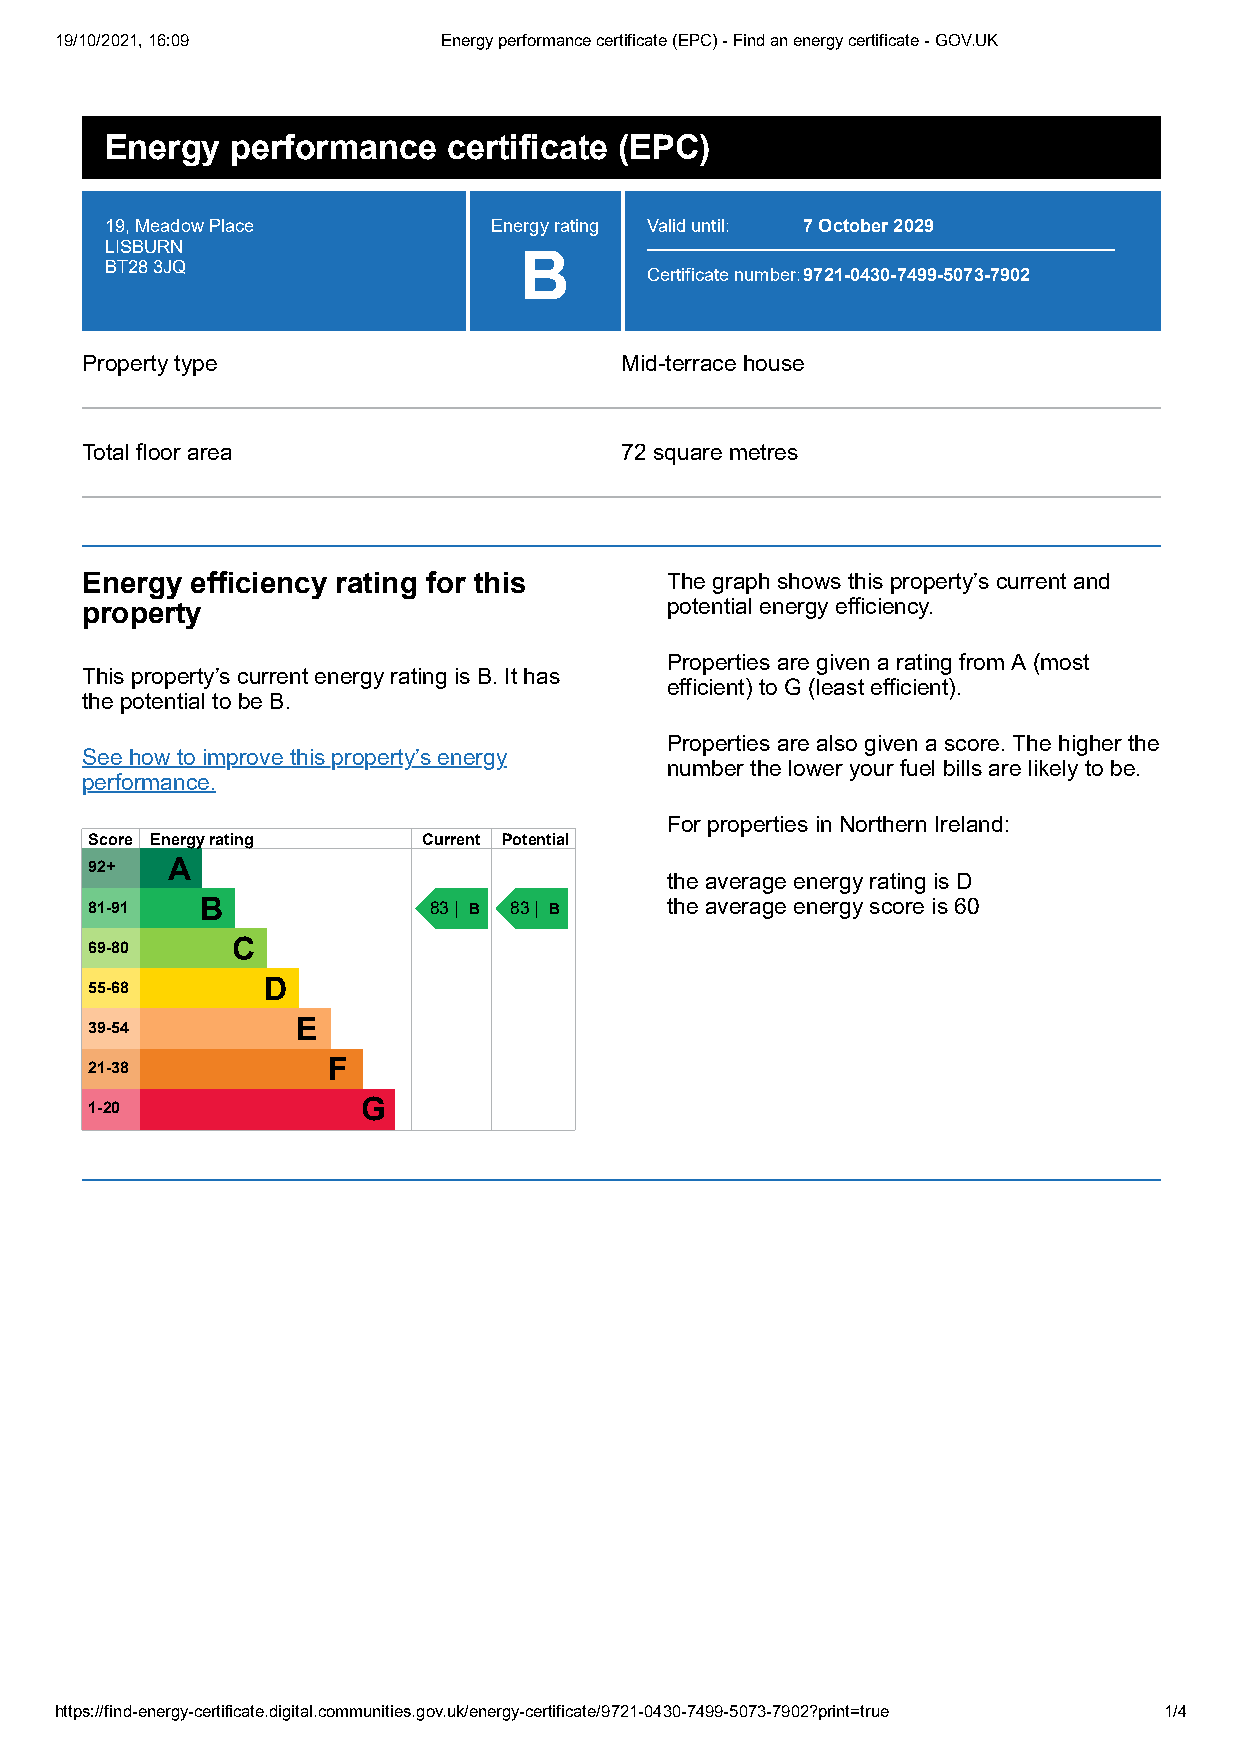
19/10/2021, 16:09        Energy performance certificate (EPC) - Find an energy certificate - GOV.UK
 Energy  performance    certificate (EPC)
 19, Meadow Place         Energy rating Valid until: 7 October 2029
 LISBURN
 B
 BT28 3JQ
 Certificate number:9721-0430-7499-5073-7902
 Property type                       Mid-terrace house
 Total floor area                    72 square metres
 Energy  efficiency rating for this     The graph shows this property’s current and
 property                               potential energy efficiency.
 Properties are given a rating from A (most
 This property’s current energy rating is B. It has
 efficient) to G (least efficient).
 the potential to be B.
 Properties are also given a score. The higher the
 See how to improve this property’s energy
 number the lower your fuel bills are likely to be.
 performance.
 For properties in Northern Ireland:
 Score Energy rating   Current Potential
 92+  A
 the average energy rating is D
 81-91  B              83 | B 83 | B   the average energy score is 60
 69-80    C
 55-68      D
 39-54         E
 21-38           F
 1-20              G
 https://find-energy-certificate.digital.communities.gov.uk/energy-certificate/9721-0430-7499-5073-7902?print=true 1/4